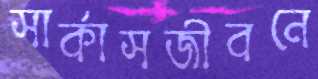
সার্কাসজীবনে